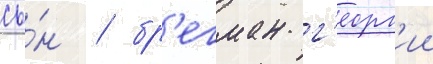
сы́н / бр'егман г'еорг'ии